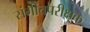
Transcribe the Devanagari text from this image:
संगीतपरीक्षक